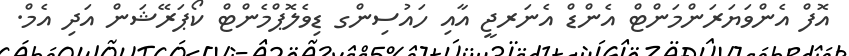
އޮފް އެންވަޔަރަންމަންޓް އެންޑް އެނަރޖީ އާއި ހައުސިންގ ޑިވެލޮޕްމެންޓް ކޯޕަރޭޝަން އަދި އެމް.